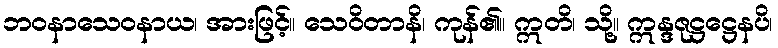
ဘဝနာသေဝနာယ၊ အားဖြင့်။ သေဝိတာနိ၊ ကုန်၏။ ဣတိ၊ သို့။ ဣန္ဒဇုဋ္ဌဋ္ဌေနပိ၊